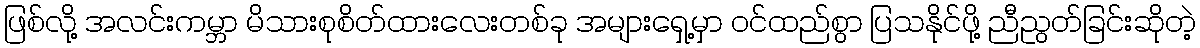
ဖြစ်လို့ အလင်းကမ္ဘာ မိသားစုစိတ်ထားလေးတစ်ခု အများရှေ့မှာ ဝင်ထည်စွာ ပြသနိုင်ဖို့ ညီညွတ်ခြင်းဆိုတဲ့